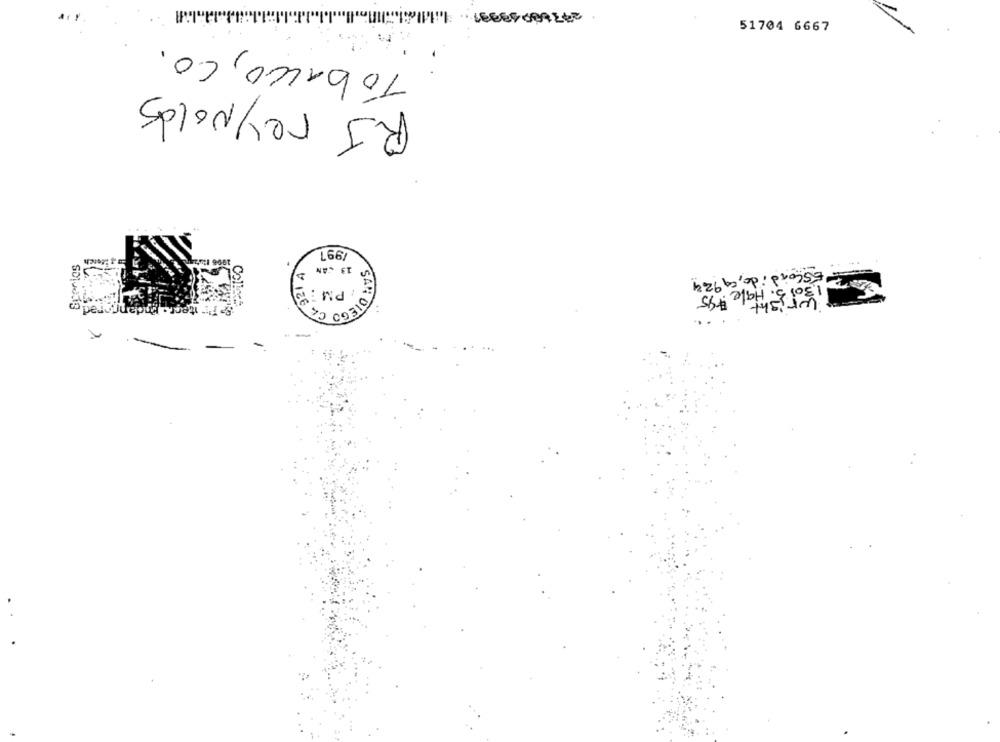
51704 6667
Tobacco, C.O.
RJ reynolds
L66/
13 CAN
ESCondido, CA924
PM : 9
1.30 5. Hale #45
12
SAN DIEGO
..